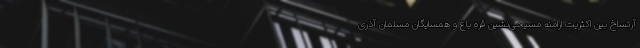
آرتساخ بین اکثریت ارامنه مسیحی‌نشین قره باغ و همسایگان مسلمان آذری